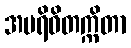
အပရိဝိတက္ကိတာ